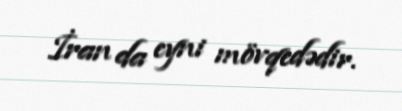
İran da eyni mövqedədir.